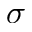
\sigma